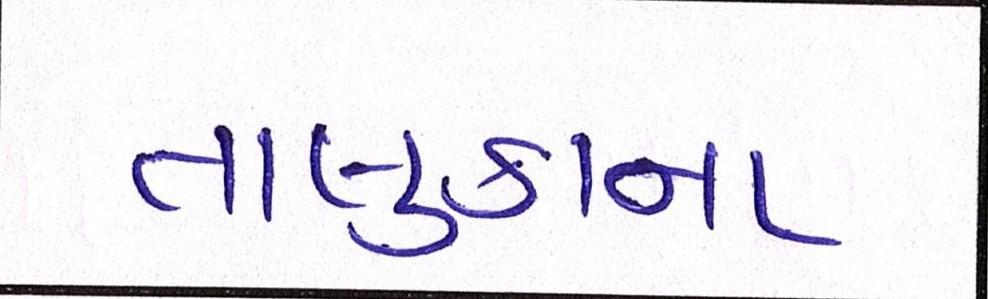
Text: તાલુકાના